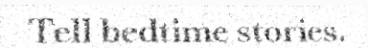
Tell bedtime stories.